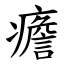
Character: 癚